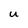
Character: U